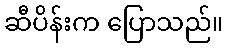
ဆီပိန်းက ပြောသည်။